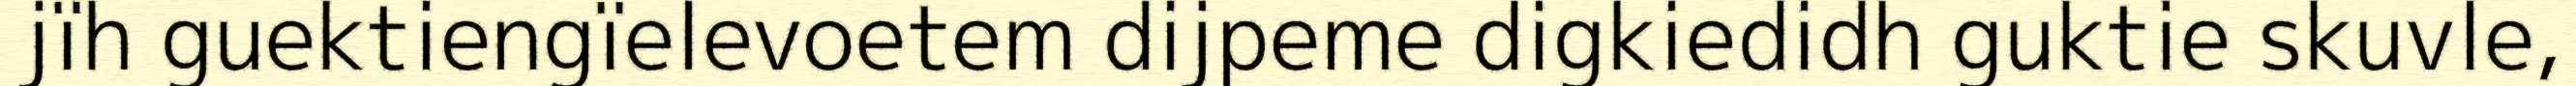
jïh guektiengïelevoetem dijpeme digkiedidh guktie skuvle,